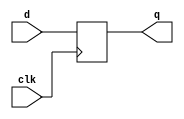
// dff: D flip-flop
// Parametrized width; default of 1
module dff #(parameter WIDTH = 1) (
    input clk,
    input [WIDTH-1:0] d,
    output reg [WIDTH-1:0] q
);

    always @(posedge clk) 
        q <= d;

endmodule

// dffr: D flip-flop with active high synchronous reset
// Parametrized width; default of 1
module dffr #(parameter WIDTH = 1) (
    input clk,
    input r,
    input [WIDTH-1:0] d,
    output reg [WIDTH-1:0] q
);

    always @ (posedge clk) 
        if (r) 
            q <= {WIDTH{1'b0}};
        else
            q <= d;

endmodule


// dffre: D flip-flop with active high enable and reset
// Parametrized width; default of 1
module dffre #(parameter WIDTH = 1) (
    input clk,
    input r,
    input en,
    input [WIDTH-1:0] d,
    output reg [WIDTH-1:0] q
);

    always @(posedge clk)
        if (r)
            q <= {WIDTH{1'b0}};
        else if (en)
            q <= d;
        else
            q <= q;

endmodule